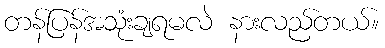
တန်ပြန်အသုံးချရမလဲ နားလည်တယ်။